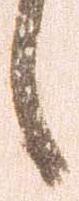
候